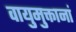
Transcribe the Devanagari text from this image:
वायुमुक्तानां